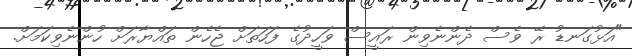
"އަޅުގަނޑު ރޭ ވެސް ދެންނެވިން ރައީސް ވަހީދުގެ ފަހަތަށް ޖެހެން ތައްޔާރަށް ހުންނެވިކަމަށް.